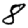
Digit: 8